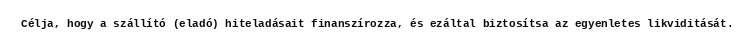
Célja, hogy a szállító (eladó) hiteladásait finanszírozza, és ezáltal biztosítsa az egyenletes likviditását.